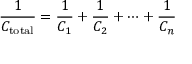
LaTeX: { \frac { 1 } { C _ { \mathrm { t o t a l } } } } = { \frac { 1 } { C _ { 1 } } } + { \frac { 1 } { C _ { 2 } } } + \cdots + { \frac { 1 } { C _ { n } } }